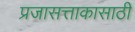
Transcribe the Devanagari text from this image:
प्रजासत्ताकासाठी